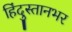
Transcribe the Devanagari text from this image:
हिंदुस्तानभर